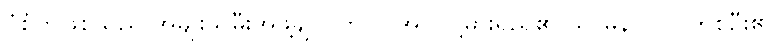
ပုံစံတူဖြစ်သည် အမျိုးသမီးအဖွဲ့ချုပ် တင်ပြအပ် ငါ့ဓားရှည်၏ သာမန်ပုဂ္ဂိုလ်တစ်ဦး၏